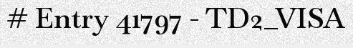
# Entry 41797 - TD2_VISA